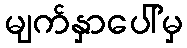
မျက်နှာပေါ်မှ